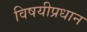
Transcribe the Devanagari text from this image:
विषयीप्रधान